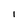
Character: I